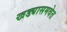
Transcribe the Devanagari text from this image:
खड्यासमवेत